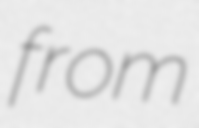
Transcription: from